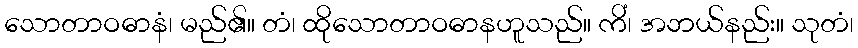
သောတာဝဓာနံ၊ မည်၏။ တံ၊ ထိုသောတာဝဓာနဟူသည်။ ကိံ၊ အဘယ်နည်း။ သုတံ၊